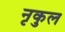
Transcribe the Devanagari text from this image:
नृकुल